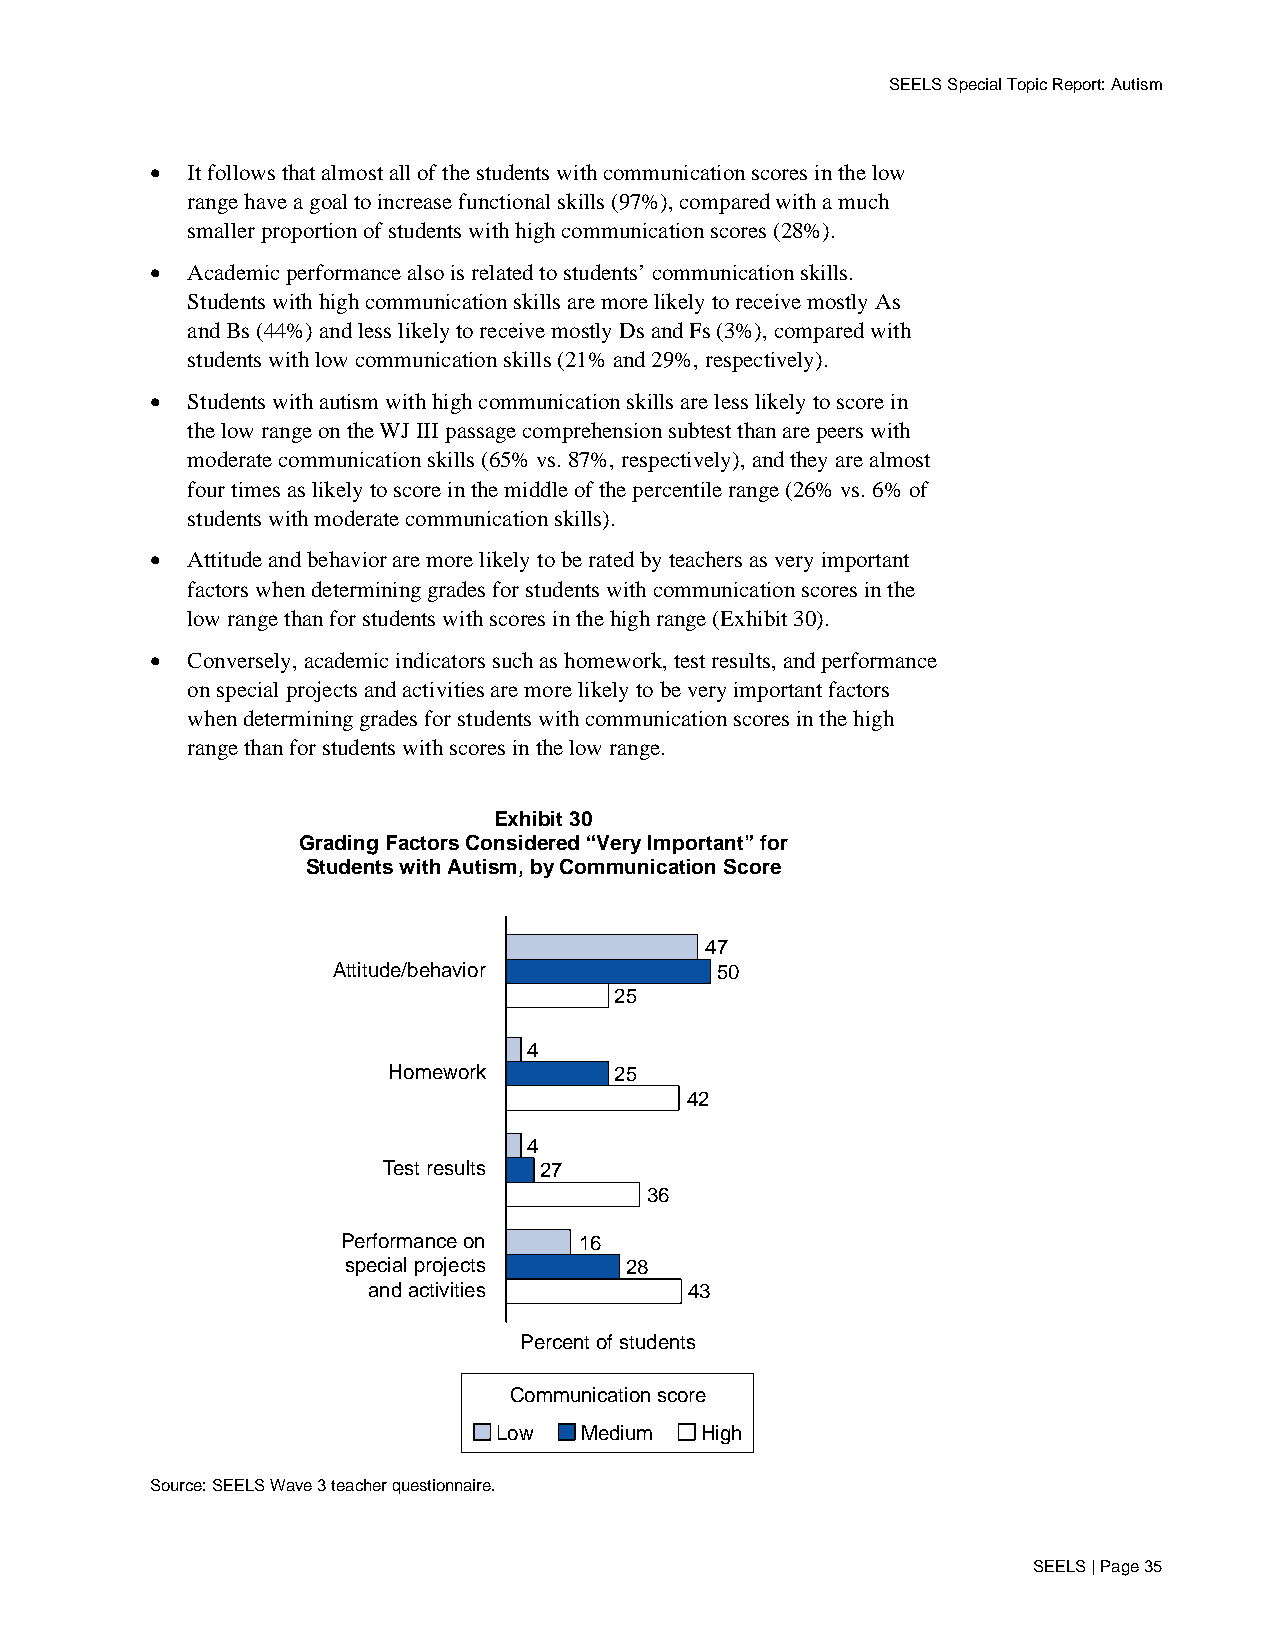
SEELS Special Topic Report: Autism
 • It follows that almost all of the students with communication scores in the low
 range have a goal to increase functional skills (97%), compared with a much
 smaller proportion of students with high communication scores (28%).
 • Academic performance also is related to students’ communication skills.
 Students with high communication skills are more likely to receive mostly As
 and Bs (44%) and less likely to receive mostly Ds and Fs (3%), compared with
 students with low communication skills (21% and 29%, respectively).
 • Students with autism with high communication skills are less likely to score in
 the low range on the WJ III passage comprehension subtest than are peers with
 moderate communication skills (65% vs. 87%, respectively), and they are almost
 four times as likely to score in the middle of the percentile range (26% vs. 6% of
 students with moderate communication skills).
 • Attitude and behavior are more likely to be rated by teachers as very important
 factors when determining grades for students with communication scores in the
 low range than for students with scores in the high range (Exhibit 30).
 • Conversely, academic indicators such as homework, test results, and performance
 on special projects and activities are more likely to be very important factors
 when determining grades for students with communication scores in the high
 range than for students with scores in the low range.
 Exhibit 30
 Grading Factors Considered “Very Important” for
 Students with Autism, by Communication Score
 47
 Attitude/behavior        50
 25
 4
 Homework       25
 42
 4
 Test results 27
 36
 Performance on 16
 special projects  28
 and activities        43
 Percent of students
 Communication score
 Low  Medium  High
 Source: SEELS Wave 3 teacher questionnaire.
 SEELS | Page 35